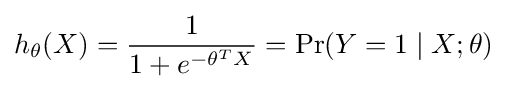
h_{\theta }(X)={\frac {1}{1+e^{-\theta ^{T}X}}}=\Pr(Y=1\mid X;\theta )